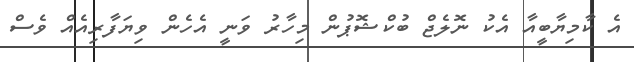
އެ ކާމިޔާބީއާ އެކު ނޮލެޖް ބުކްޝޮޕުން މިހާރު ވަނީ އެހެން ވިޔަފާރިއެއް ވެސް